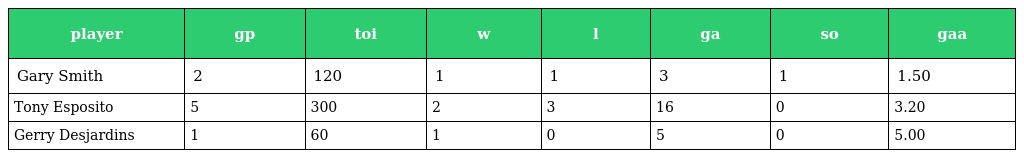
| player | gp | toi | w | l | ga | so | gaa |
 | --- | --- | --- | --- | --- | --- | --- | --- |
 | Gary Smith | 2 | 120 | 1 | 1 | 3 | 1 | 1.50 |
 | Tony Esposito | 5 | 300 | 2 | 3 | 16 | 0 | 3.20 |
 | Gerry Desjardins | 1 | 60 | 1 | 0 | 5 | 0 | 5.00 |